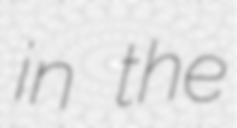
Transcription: in the